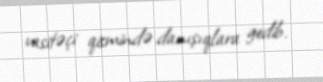
vasitəçi qismində danışıqlara gedib.